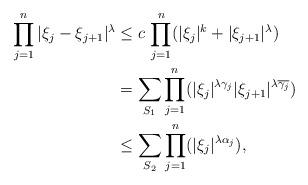
LaTeX: \begin{align*}\prod_{j=1}^{n}|\xi_{j}-\xi_{j+1}|^{\lambda} &\leq c\,\prod_{j=1}^{n} (|\xi_{j}|^{k}+|\xi_{j+1}|^{\lambda})\\&=\sum_{S_1}\prod_{j=1}^{n}(|\xi_{j}|^{\lambda\gamma_{j}}|\xi_{j+1}|^{\lambda\overline{\gamma_{j}}})\\&\leq\sum_{S_2}\prod_{j=1}^{n}(|\xi_{j}|^{\lambda\alpha_{j}}),\end{align*}